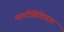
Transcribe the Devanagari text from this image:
मल्टीडिकेडल